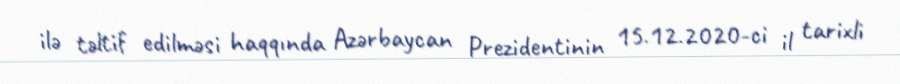
ilə təltif edilməsi haqqında Azərbaycan Prezidentinin 15.12.2020-ci il tarixli